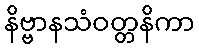
နိဗ္ဗာနသံဝတ္တနိကာ